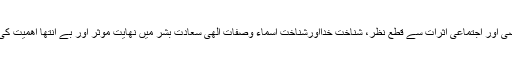
عملی، شخصی اور اجتماعی اثرات سے قطع نظر، شناخت خدااورشناخت اسماء وصفات الٰھی سعادت بشر میں نھایت موثر اور بے انتھا اھمیت کی حامل ھے۔